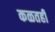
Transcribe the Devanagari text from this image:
कळतही